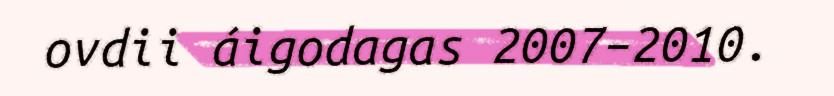
ovdii áigodagas 2007–2010.